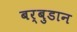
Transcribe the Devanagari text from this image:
बर्बुडान